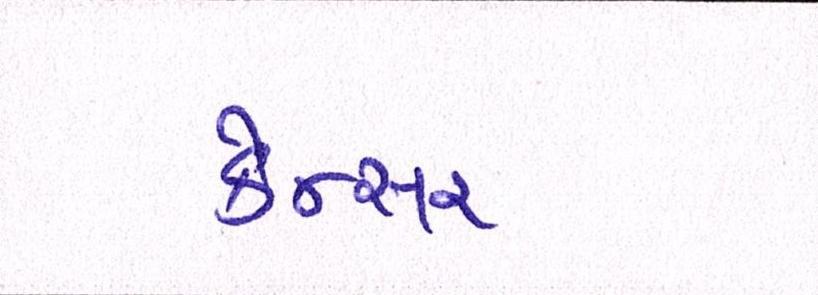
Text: કેન્સર